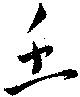
壬